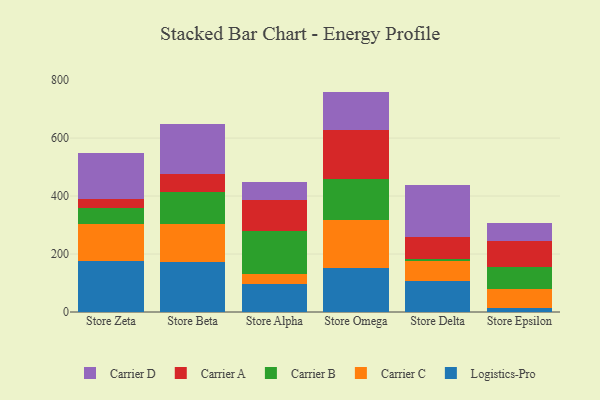
{"axis": {"x": "Store", "y": "Inventory Turnover"}, "legend": ["Carrier A", "Carrier B", "Carrier C", "Carrier D", "Logistics-Pro"], "data": [{"x": "Store Zeta", "y": 176.1, "type": "Logistics-Pro"}, {"x": "Store Zeta", "y": 126.0, "type": "Carrier C"}, {"x": "Store Zeta", "y": 58.0, "type": "Carrier B"}, {"x": "Store Zeta", "y": 31.4, "type": "Carrier A"}, {"x": "Store Zeta", "y": 158.3, "type": "Carrier D"}, {"x": "Store Beta", "y": 171.6, "type": "Logistics-Pro"}, {"x": "Store Beta", "y": 131.0, "type": "Carrier C"}, {"x": "Store Beta", "y": 110.6, "type": "Carrier B"}, {"x": "Store Beta", "y": 63.5, "type": "Carrier A"}, {"x": "Store Beta", "y": 172.8, "type": "Carrier D"}, {"x": "Store Alpha", "y": 97.7, "type": "Logistics-Pro"}, {"x": "Store Alpha", "y": 31.9, "type": "Carrier C"}, {"x": "Store Alpha", "y": 150.2, "type": "Carrier B"}, {"x": "Store Alpha", "y": 106.8, "type": "Carrier A"}, {"x": "Store Alpha", "y": 61.8, "type": "Carrier D"}, {"x": "Store Omega", "y": 150.9, "type": "Logistics-Pro"}, {"x": "Store Omega", "y": 166.8, "type": "Carrier C"}, {"x": "Store Omega", "y": 139.6, "type": "Carrier B"}, {"x": "Store Omega", "y": 170.7, "type": "Carrier A"}, {"x": "Store Omega", "y": 132.3, "type": "Carrier D"}, {"x": "Store Delta", "y": 106.2, "type": "Logistics-Pro"}, {"x": "Store Delta", "y": 71.4, "type": "Carrier C"}, {"x": "Store Delta", "y": 5.7, "type": "Carrier B"}, {"x": "Store Delta", "y": 77.0, "type": "Carrier A"}, {"x": "Store Delta", "y": 178.0, "type": "Carrier D"}, {"x": "Store Epsilon", "y": 13.7, "type": "Logistics-Pro"}, {"x": "Store Epsilon", "y": 65.4, "type": "Carrier C"}, {"x": "Store Epsilon", "y": 76.6, "type": "Carrier B"}, {"x": "Store Epsilon", "y": 89.9, "type": "Carrier A"}, {"x": "Store Epsilon", "y": 61.5, "type": "Carrier D"}]}